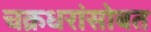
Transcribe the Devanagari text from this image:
चक्रधरांसोबत